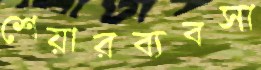
শেয়ারব্যবসা